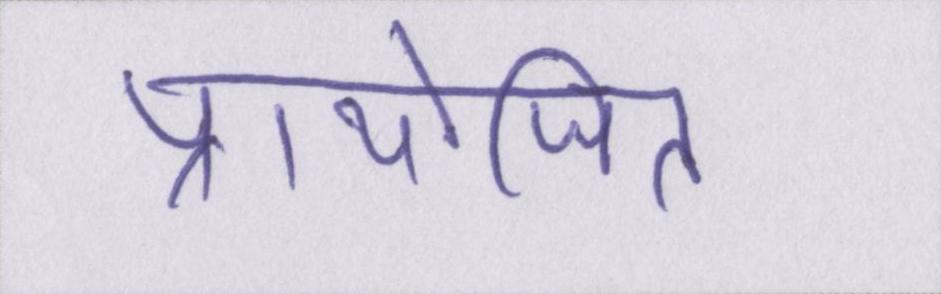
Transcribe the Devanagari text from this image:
प्रायोजित